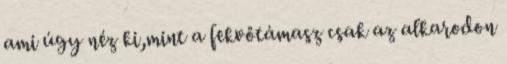
ami úgy néz ki,mint a fekvőtámasz csak az alkarodon